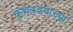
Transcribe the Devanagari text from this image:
कुंभवडयाच्या